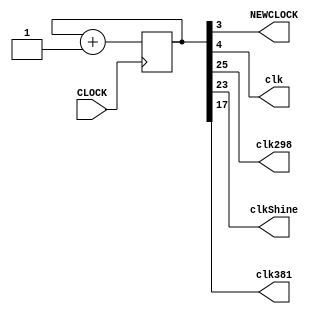
`timescale 1ns / 1ps
//////////////////////////////////////////////////////////////////////////////////
// Company: 
// Engineer: 
// 
// Design Name: 
// Module Name: clk6p25m
// Project Name: 
// Target Devices: 
// Tool Versions: 
// Description: 
// 
// Dependencies: 
// 
// Revision:
// Revision 0.01 - File Created
// Additional Comments:
// 
//////////////////////////////////////////////////////////////////////////////////


module slowClk(
    input CLOCK,//100m
    output NEWCLOCK ,//6.25m
    output clk,//3125k
    output clk298,
    output clkShine,
    output clk381//381Hz
    );
    
    reg [25:0] COUNT = 1'b0;
    
    always @ (posedge CLOCK) begin
        COUNT <= COUNT + 1;
    end
    assign clk381=COUNT[17];//381Hz 
    assign clkShine = COUNT[23]; //5.96Hz
    assign clk298 = COUNT[25]; //1.5Hz
    assign NEWCLOCK = COUNT[3];
    assign clk = COUNT[4]; //3125kHz
    
endmodule